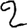
Digit: 2